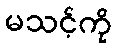
မသင့်ကို